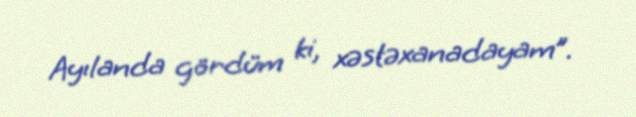
Ayılanda gördüm ki, xəstəxanadayam”.